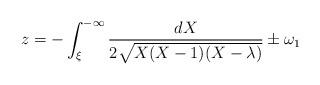
LaTeX: \begin{align*}z = -\int_{\xi}^{-\infty}\frac{dX}{2\sqrt{X(X-1)(X-\lambda)}} \pm\omega_1 \end{align*}